Report of the Indian Hemp Drugs Commission, 1894-1895 - Volume VIII
Year: 1894
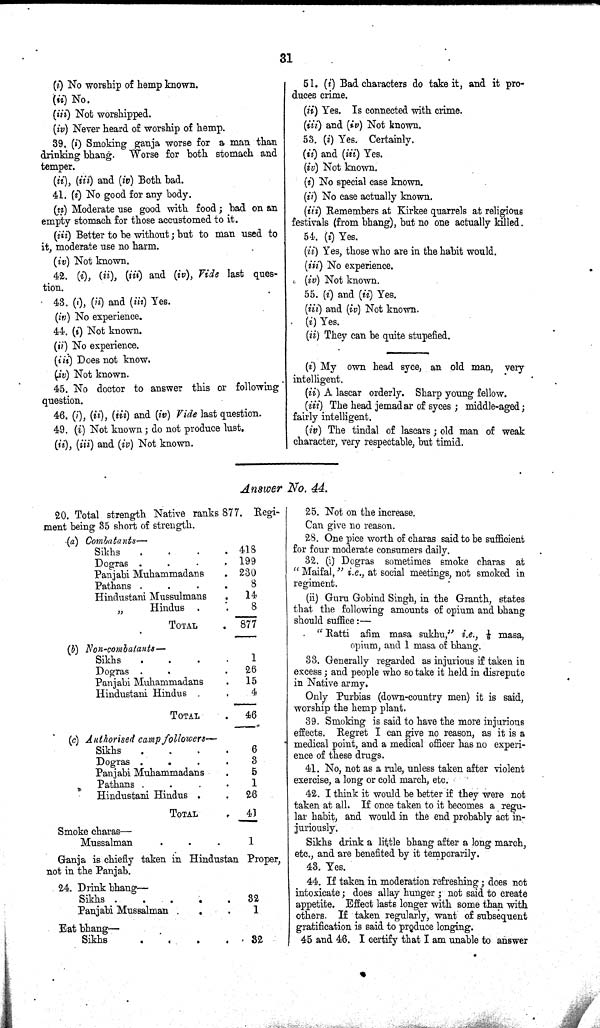
31
(i) No worship of hemp known.
(ii) No.
(iii) Not worshipped.
(iv) Never heard of worship of hemp.
39. (i) Smoking ganja worse for a man than
drinking bhang. Worse for both stomach and
temper.
(ii), (iii) and (iv) Both bad.
41. (i) No good for any body.
(ii) Moderate use good with food; bad on an
empty stomach for those accustomed to it.
(iii) Better to be without; but to man used to
it, moderate use no harm.
(iv) Not known.
42. (i), (ii), (iii) and (iv), Vide last ques-
tion.
43. (i), (ii) and (iii) Yes.
(iv) No experience.
44. (i) Not known.
(ii) No experience.
(iii) Does not know.
(iv) Not known.
45. No doctor to answer this or following
question.
46. (i), (ii), (iii) and (iv) Vide last question.
49. (i) Not known; do not produce lust.
(ii), (iii) and (iv) Not known.
51. (i) Bad characters do take it, and it pro-
duces crime.
(ii) Yes. Is connected with crime.
(iii) and (iv) Not known.
53. (i) Yes. Certainly.
(ii) and (iii) Yes.
(iv) Not known.
(i) No special case known.
(ii) No case actually known.
(iii) Remembers at Kirkee quarrels at religious
festivals (from bhang), but no one actually killed.
54. (i) Yes.
(ii) Yes, those who are in the habit would.
(iii) No experience.
(iv) Not known.
55. (i) and (ii) Yes.
(iii) and (iv) Not known.
(i) Yes.
(ii) They can be quite stupefied.
(i) My own head syee, an old man, very
intelligent.
(ii) A lascar orderly. Sharp young fellow.
(iii) The head jemadar of syces; middle-aged;
fairly intelligent.
(iv) The tindal of lascars; old man of weak
character, very respectable, but timid.
Answer No. 44.
20. Total strength Native ranks 877. Regi-
ment being 35 short of strength.
20. Total strength Native ranks 877. Regi-
ment being 35 short of strength.
(a) Combatants—
Sikhs
418
Dogras
199
Panjabi Muhammadans
230
Pathans
8
Hindustani Mussulmans
14
"
Hindus
8
TOTAL
877
(b) Non-combatants—
Sikhs
1
Dogras
26
Panjabi Muhammadans
15
Hindustani Hindus
4
TOTAL
46
(c) Authorised camp followers—
Sikhs
6
Dogras
3
Panjabi Muhammadans
5
Pathans
1
Hindustani Hindus
26
TOTAL
41
Smoke charas-
Mussalman
1
Ganja is chiefly taken in
not in the Panjab.
Hindustan
Proper,
24. Drink bhang—
Sikhs
Panjabi Mussalman
32
1
Eat bhang—
Sikhs
32
25.. Not on the increase.
Can give no reason.
28. One pice worth of charas said to be sufficient
for four moderate consumers daily.
32. (i) Dogras sometimes smoke charas at
"Maifal," i.e., at social meetings, not smoked in
regiment.
(ii) Guru Gobind Singh, in the Granth, states
that the following amounts of opium and bhang
should suffice:—
"Ratti afim masa sukhu." i.e., 1/8 masa,
opium, and 1 masa of bhang.
33. Generally regarded as injurious if taken in
excess; and people who so take it held in disrepute
in Native army.
Only Purbias (down-country men) it is said,
worship the hemp plant.
39. Smoking is said to have the more injurious
effects. Regret I can give no reason, as it is a
medical point, and a medical officer has no experi-
ence of these drugs.
41. No, not as a rule, unless taken after violent
exercise, a long or cold march, etc.
42. I think it would be better if they were not
taken at all. If once taken to it becomes a regu-
lar habit, and would in the end probably act in-
juriously.
Sikhs drink a little bhang after a long march,
etc., and are benefited by it temporarily.
43. Yes.
44. If taken in moderation refreshing; does not
intoxicate; does allay hunger; not said to create
appetite. Effect lasts longer with some than with
others. If taken regularly, want of subsequent
gratification is said to produce longing.
45 and 46. I certify that I am unable to answer